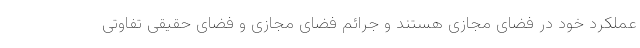
عملکرد خود در فضای مجازی هستند و جرائم فضای مجازی و فضای حقیقی تفاوتی